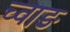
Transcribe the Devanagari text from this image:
च्वाङ